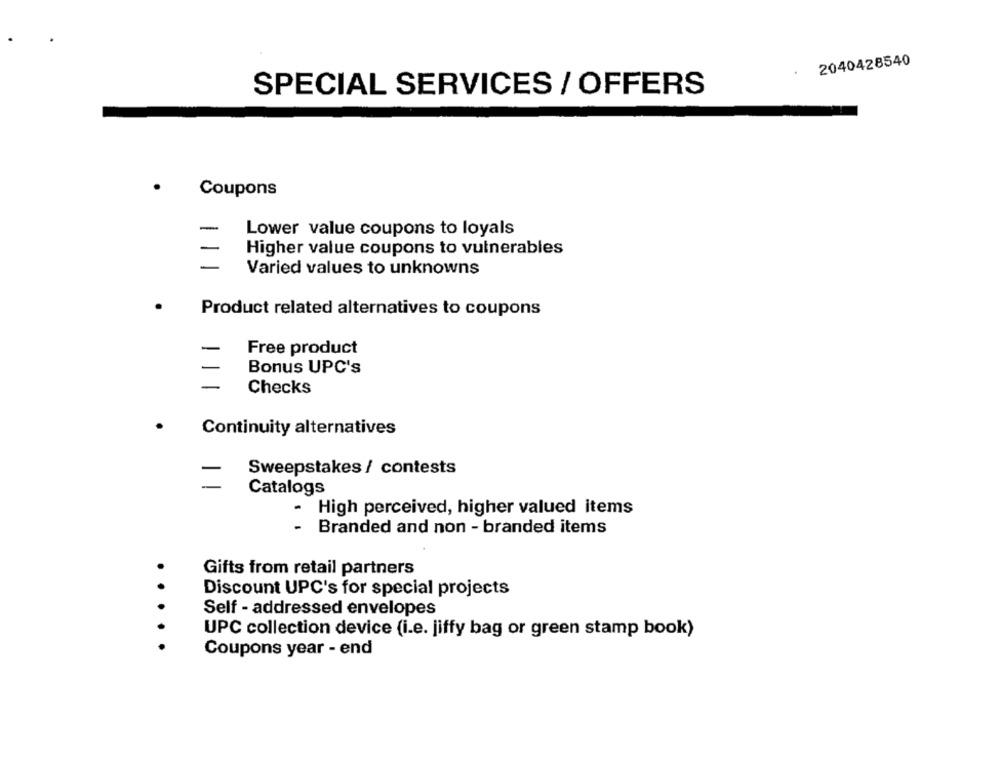
2040428540
SPECIAL SERVICES / OFFERS
Coupons
-
Lower value coupons to loyals
Higher value coupons to vulnerables
Varied values to unknowns
Product related alternatives to coupons
Free product
Bonus UPC's
Checks
Continuity alternatives
Sweepstakes / contests
Catalogs
- High perceived, higher valued items
Branded and non - branded items
Gifts from retail partners
Discount UPC's for special projects
Self - addressed envelopes
UPC collection device (i.e. jiffy bag or green stamp book)
Coupons year - end